Indian journal of veterinary science and animal husbandry - Volumes 15-17, 1948-1951
Year: 1948
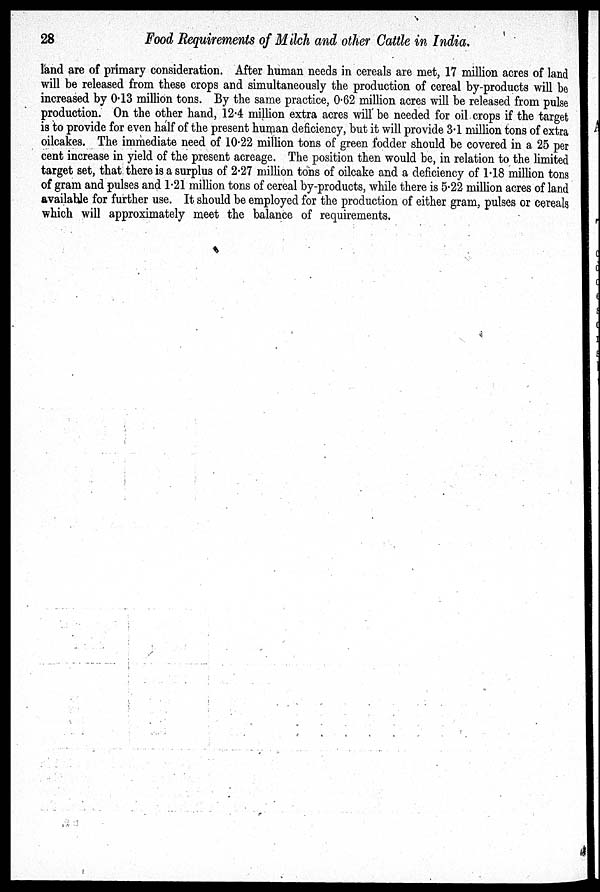
28
Food Requirements of Milch and other Cattle in India.
land are of primary consideration. After human needs in cereals are met, 17 million acres of land
will be released from these crops and simultaneously the production of cereal by-products will be
increased by 0.13 million tons. By the same practice, 0.62 million acres will be released from pulse
production. On the other hand, 12.4 million extra acres will be needed for oil crops if the target
is to provide for even half of the present human deficiency, but it will provide 3.1 million tons of extra
oilcakes. The immediate need of 10.22 million tons of green fodder should be covered in a 25 per
cent increase in yield of the present acreage. The position then would be, in relation to the limited
target set, that there is a surplus of 2.27 million tons of oilcake and a deficiency of 1.18 million tons
of gram and pulses and 1.21 million tons of cereal by-products, while there is 5.22 million acres of land
available for further use. It should be employed for the production of either gram, pulses or cereals
which will approximately meet the balance of requirements.